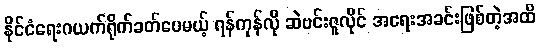
နိုင်ငံရေးဂယက်ရိုက်ခတ်ပေမယ့် ရန်ကုန်လို ဆဲဗင်းဇူလိုင် အရေးအခင်းဖြစ်တဲ့အထိ